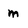
Character: m